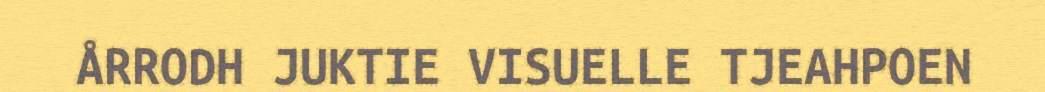
ÅRRODH JUKTIE VISUELLE TJEAHPOEN